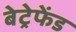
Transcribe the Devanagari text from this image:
बेट्रेफेंड